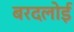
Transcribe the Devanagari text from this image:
बरदलोई